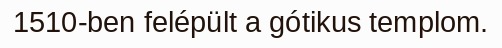
1510-ben felépült a gótikus templom.